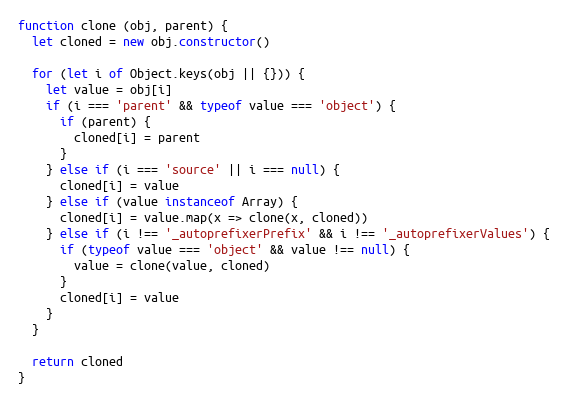
Language: JavaScript
function clone (obj, parent) {
  let cloned = new obj.constructor()

  for (let i of Object.keys(obj || {})) {
    let value = obj[i]
    if (i === 'parent' && typeof value === 'object') {
      if (parent) {
        cloned[i] = parent
      }
    } else if (i === 'source' || i === null) {
      cloned[i] = value
    } else if (value instanceof Array) {
      cloned[i] = value.map(x => clone(x, cloned))
    } else if (i !== '_autoprefixerPrefix' && i !== '_autoprefixerValues') {
      if (typeof value === 'object' && value !== null) {
        value = clone(value, cloned)
      }
      cloned[i] = value
    }
  }

  return cloned
}